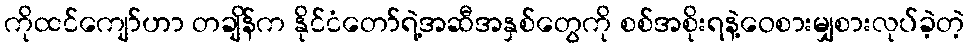
ကိုထင်ကျော်ဟာ တချိန်က နိုင်ငံတော်ရဲ့အဆီအနှစ်တွေကို စစ်အစိုးရနဲ့ဝေစားမျှစားလုပ်ခဲ့တဲ့